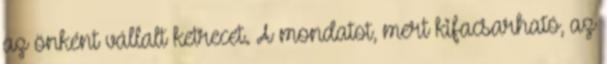
az önként vállalt ketrecet. A mondatot, mert kifacsarható, az